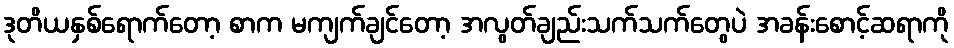
ဒုတိယနှစ်ရောက်တော့ စာက မကျက်ချင်တော့ အလွတ်ချည်းသက်သက်တွေပဲ အခန်းစောင့်ဆရာကို